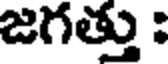
జగత్తు :